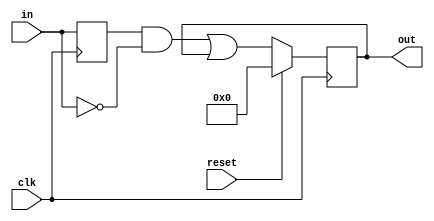
module top_module (
    input clk,
    input reset,
    input [31:0] in,
    output [31:0] out
    );

    reg  [31:0]  capture_flag;
    reg  [31:0]  in_dly;

    always@(posedge clk)begin
	in_dly <= in;
    end

    always@(posedge clk)begin
	if(reset)
	    capture_flag <= 32'd0;
        else begin
	    capture_flag <= (in_dly & ~in) | capture_flag; 
	end
    end

    assign out = capture_flag;

endmodule